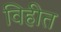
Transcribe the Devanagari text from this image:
विहीत